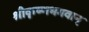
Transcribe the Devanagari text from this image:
श्रीकृष्णभगवान्